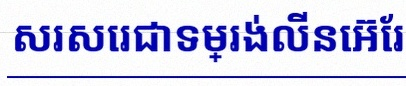
សរសេរជាទម្រង់លីនេអ៊ែរ